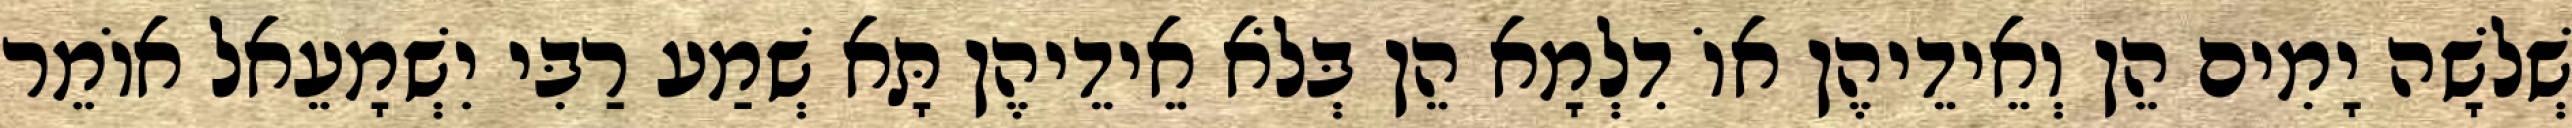
שְׁלֹשָׁה יָמִים הֵן וְאֵידֵיהֶן אוֹ דִלְמָא הֵן בְּלֹא אֵידֵיהֶן תָּא שְׁמַע רַבִּי יִשְׁמָעֵאל אוֹמֵר